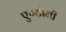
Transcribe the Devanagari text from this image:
एण्टोनी